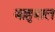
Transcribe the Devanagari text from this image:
बाहुबाल